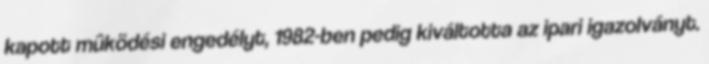
kapott mûködési engedélyt, 1982-ben pedig kiváltotta az ipari igazolványt.